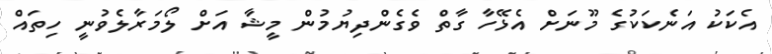
އެކަކު އަނެކަކުގެ މޫނަށް އެޅޭހާ ގާތް ވެގެންދިޔުުމުން މީޝާ އަށް ލޯމަރާލެވުނީ ހިތައް